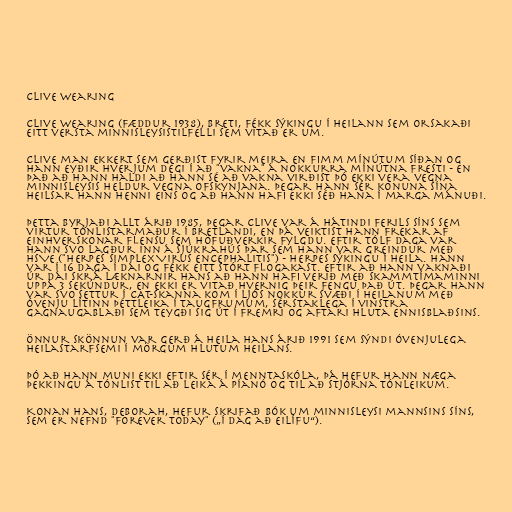
Clive Wearing

Clive Wearing (fæddur 1938), Breti, fékk sýkingu í heilann sem orsakaði
eitt versta minnisleysistilfelli sem vitað er um.

Clive man ekkert sem gerðist fyrir meira en fimm mínútum síðan og
hann eyðir hverjum degi í að "vakna" á nokkurra mínútna fresti - en
það að hann haldi að hann sé að vakna virðist þó ekki vera vegna
minnisleysis heldur vegna ofskynjana. Þegar hann sér konuna sína
heilsar hann henni eins og að hann hafi ekki séð hana í marga mánuði.

Þetta byrjaði allt árið 1985, þegar Clive var á hátindi ferils síns sem
virtur tónlistarmaður í Bretlandi, en þá veiktist hann frekar af
einhverskonar flensu sem höfuðverkir fylgdu. Eftir tólf daga var
hann svo lagður inn á sjúkrahús þar sem hann var greindur með
HSVE ("Herpes Simplex Virus Encephalitis") - herpes sýkingu í heila. Hann
var í 16 daga í dái og fékk eitt stórt flogakast. Eftir að hann vaknaði
úr dái skrá læknarnir hans að hann hafi verið með skammtímaminni
uppá 3 sekúndur, en ekki er vitað hvernig þeir fengu það út. Þegar hann
var svo settur í CAT-skanna kom í ljós nokkur svæði í heilanum með
óvenju lítinn þéttleika í taugfrumum, sérstaklega í vinstra
gagnaugablaði sem teygði sig út í fremri og aftari hluta ennisblaðsins.

Önnur skönnun var gerð á heila hans árið 1991 sem sýndi óvenjulega
heilastarfsemi í mörgum hlutum heilans.

Þó að hann muni ekki eftir sér í menntaskóla, þá hefur hann næga
þekkingu á tónlist til að leika á píanó og til að stjórna tónleikum.

Konan hans, Deborah, hefur skrifað bók um minnisleysi mannsins síns,
sem er nefnd "Forever Today" („Í Dag að Eilífu“).